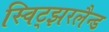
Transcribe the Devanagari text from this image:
स्विट्झरलैन्ड